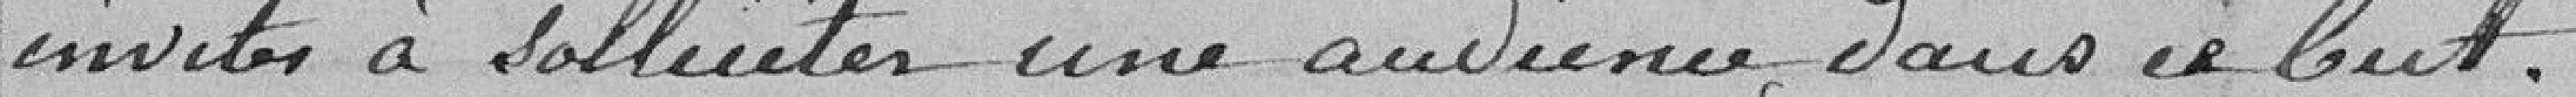
invités à solliciter une audience dans ce but.